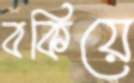
বকিয়ে